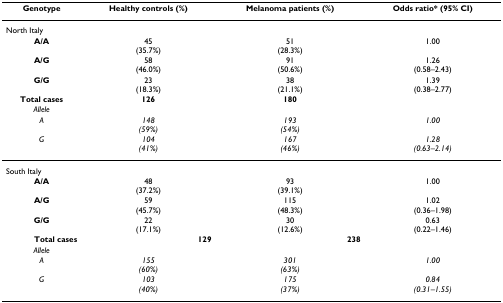
| Genotype | Healthy controls (%) | Melanoma patients (%) | Odds ratio* (95% CI) |
 | --- | --- | --- | --- |
 | North Italy |  |  |  |
 | A/A | 45(35.7%) | 51(28.3%) | 1.00 |
 | A/G | 58(46.0%) | 91(50.6%) | 1.26(0.58–2.43) |
 | G/G | 23(18.3%) | 38(21.1%) | 1.39(0.38–2.77) |
 | Total cases | 126 | 180 |  |
 | Allele |  |  |  |
 | A | 148(59%) | 193(54%) | 1.00 |
 | G | 104(41%) | 167(46%) | 1.28(0.63–2.14) |
 | South Italy |  |  |  |
 | A/A | 48(37.2%) | 93(39.1%) | 1.00 |
 | A/G | 59(45.7%) | 115(48.3%) | 1.02(0.36–1.98) |
 | G/G | 22(17.1%) | 30(12.6%) | 0.63(0.22–1.46) |
 | Total cases | 129 | 238 |  |
 | Allele |  |  |  |
 | A | 155(60%) | 301(63%) | 1.00 |
 | G | 103(40%) | 175(37%) | 0.84(0.31–1.55) |